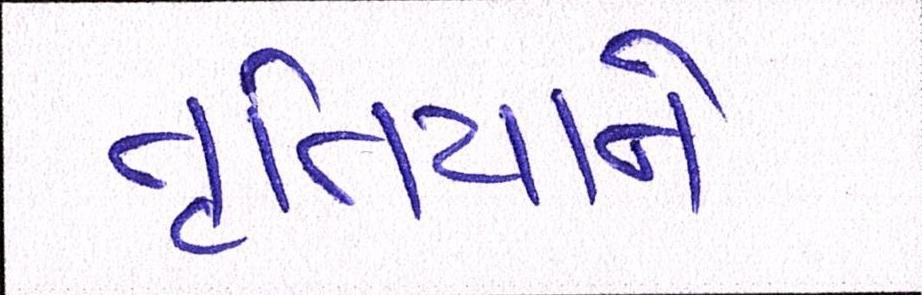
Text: તૃતિયાને